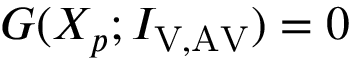
G ( X _ { p } ; I _ { \mathrm { V , A V } } ) = 0